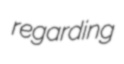
regarding